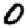
Digit: 0